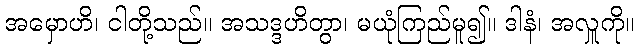
အမှောဟိ၊ ငါတို့သည်။ အသဒ္ဒဟိတွာ၊ မယုံကြည်မူ၍။ ဒါနံ၊ အလှူကို။